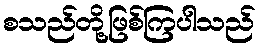
စသည်တို့ဖြစ်ကြပါသည်